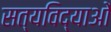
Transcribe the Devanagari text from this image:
सत्यविद्याओं